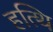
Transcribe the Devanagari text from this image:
हत्थि